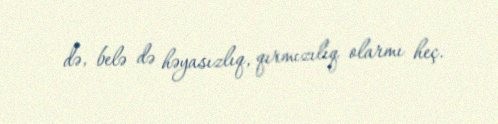
də, belə də həyasızlıq, qırmızılıq olarmı heç.